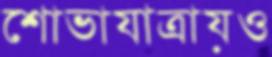
শোভাযাত্রায়ও